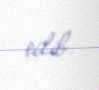
edib.